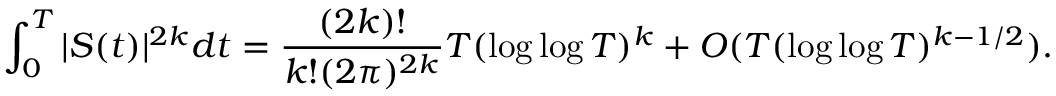
\int _ { 0 } ^ { T } | S ( t ) | ^ { 2 k } d t = { \frac { ( 2 k ) ! } { k ! ( 2 \pi ) ^ { 2 k } } } T ( \log \log T ) ^ { k } + O ( T ( \log \log T ) ^ { k - 1 / 2 } ) .